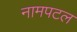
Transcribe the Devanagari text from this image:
नामपटल